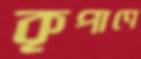
কৃপাণে